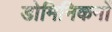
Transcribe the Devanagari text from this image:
डोमिनिकनों